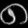
Digit: ၈